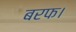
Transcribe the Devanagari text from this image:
बरफ।